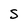
Character: S